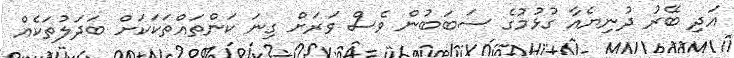
އަދި ބޭރު ދުނިޔެއާ ގުޅުމުގެ ސަބަބުން ވެސް ވަރަށް ގިނަ ކަންތައްތަކަކަށް ބަދަލުތަކެއް